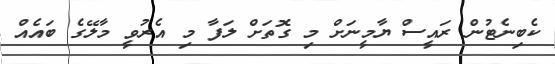
ކެބިނެޓުން ރައީސް ޔާމީނަށް މި ގޮތަށް ލަފާ މި އެރުވީ މާލޭގެ ބައެއް